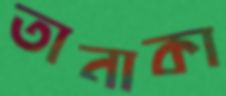
তানাকা